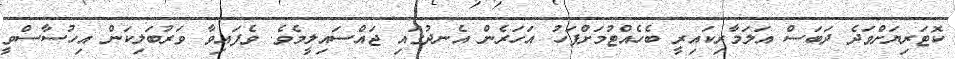
ކޮޓަރިޔަށްވަދެ ދަބަސް އަލަމާރިކައިރީ ބެހެއްޓުމަށްފަހު އަހަރެން އެނދުގައި ޖައްސައިލީމެވެ. ވެފައިވާ ވަރުބަލިކަން އިހުސާސްވީ